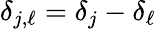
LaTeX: \delta_{j,\ell}=\delta_{j}-\delta_{\ell}